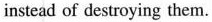
instead of destroying them.